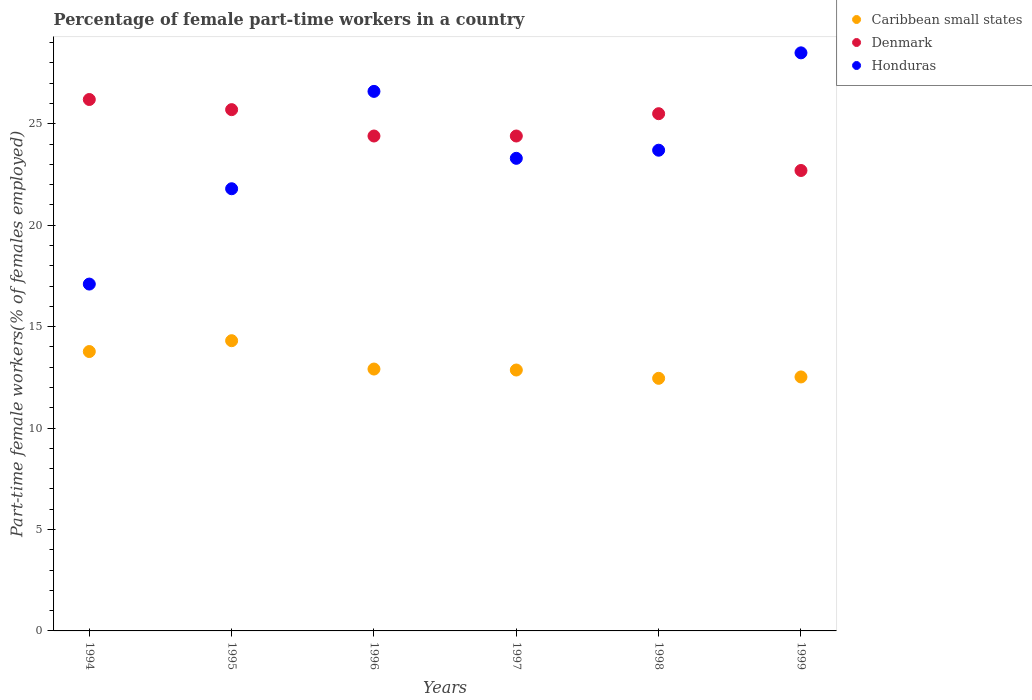
| Years | Caribbean small states | Denmark | Honduras |
 | --- | --- | --- | --- |
 | 1994 | 13.8 | 26.2 | 17.1 |
 | 1995 | 14.3 | 25.7 | 21.8 |
 | 1996 | 12.9 | 24.4 | 26.6 |
 | 1997 | 12.9 | 24.4 | 23.3 |
 | 1998 | 12.5 | 25.5 | 23.7 |
 | 1999 | 12.5 | 22.7 | 28.5 |